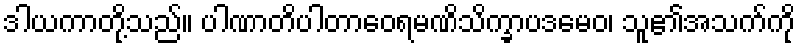
ဒါယကာတို့သည်။ ပါဏာတိပါတာဝေရမဏိသိက္ခာပဒမေဝ၊ သူ၏အသက်ကို